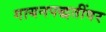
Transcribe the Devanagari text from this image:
गायनपद्धतींवर